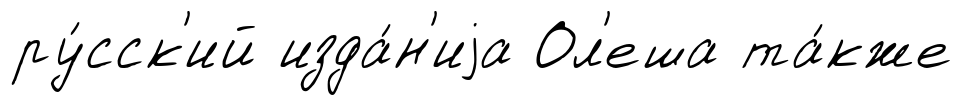
ру́сск'ий изда́н'иjа Ол'еша та́кже